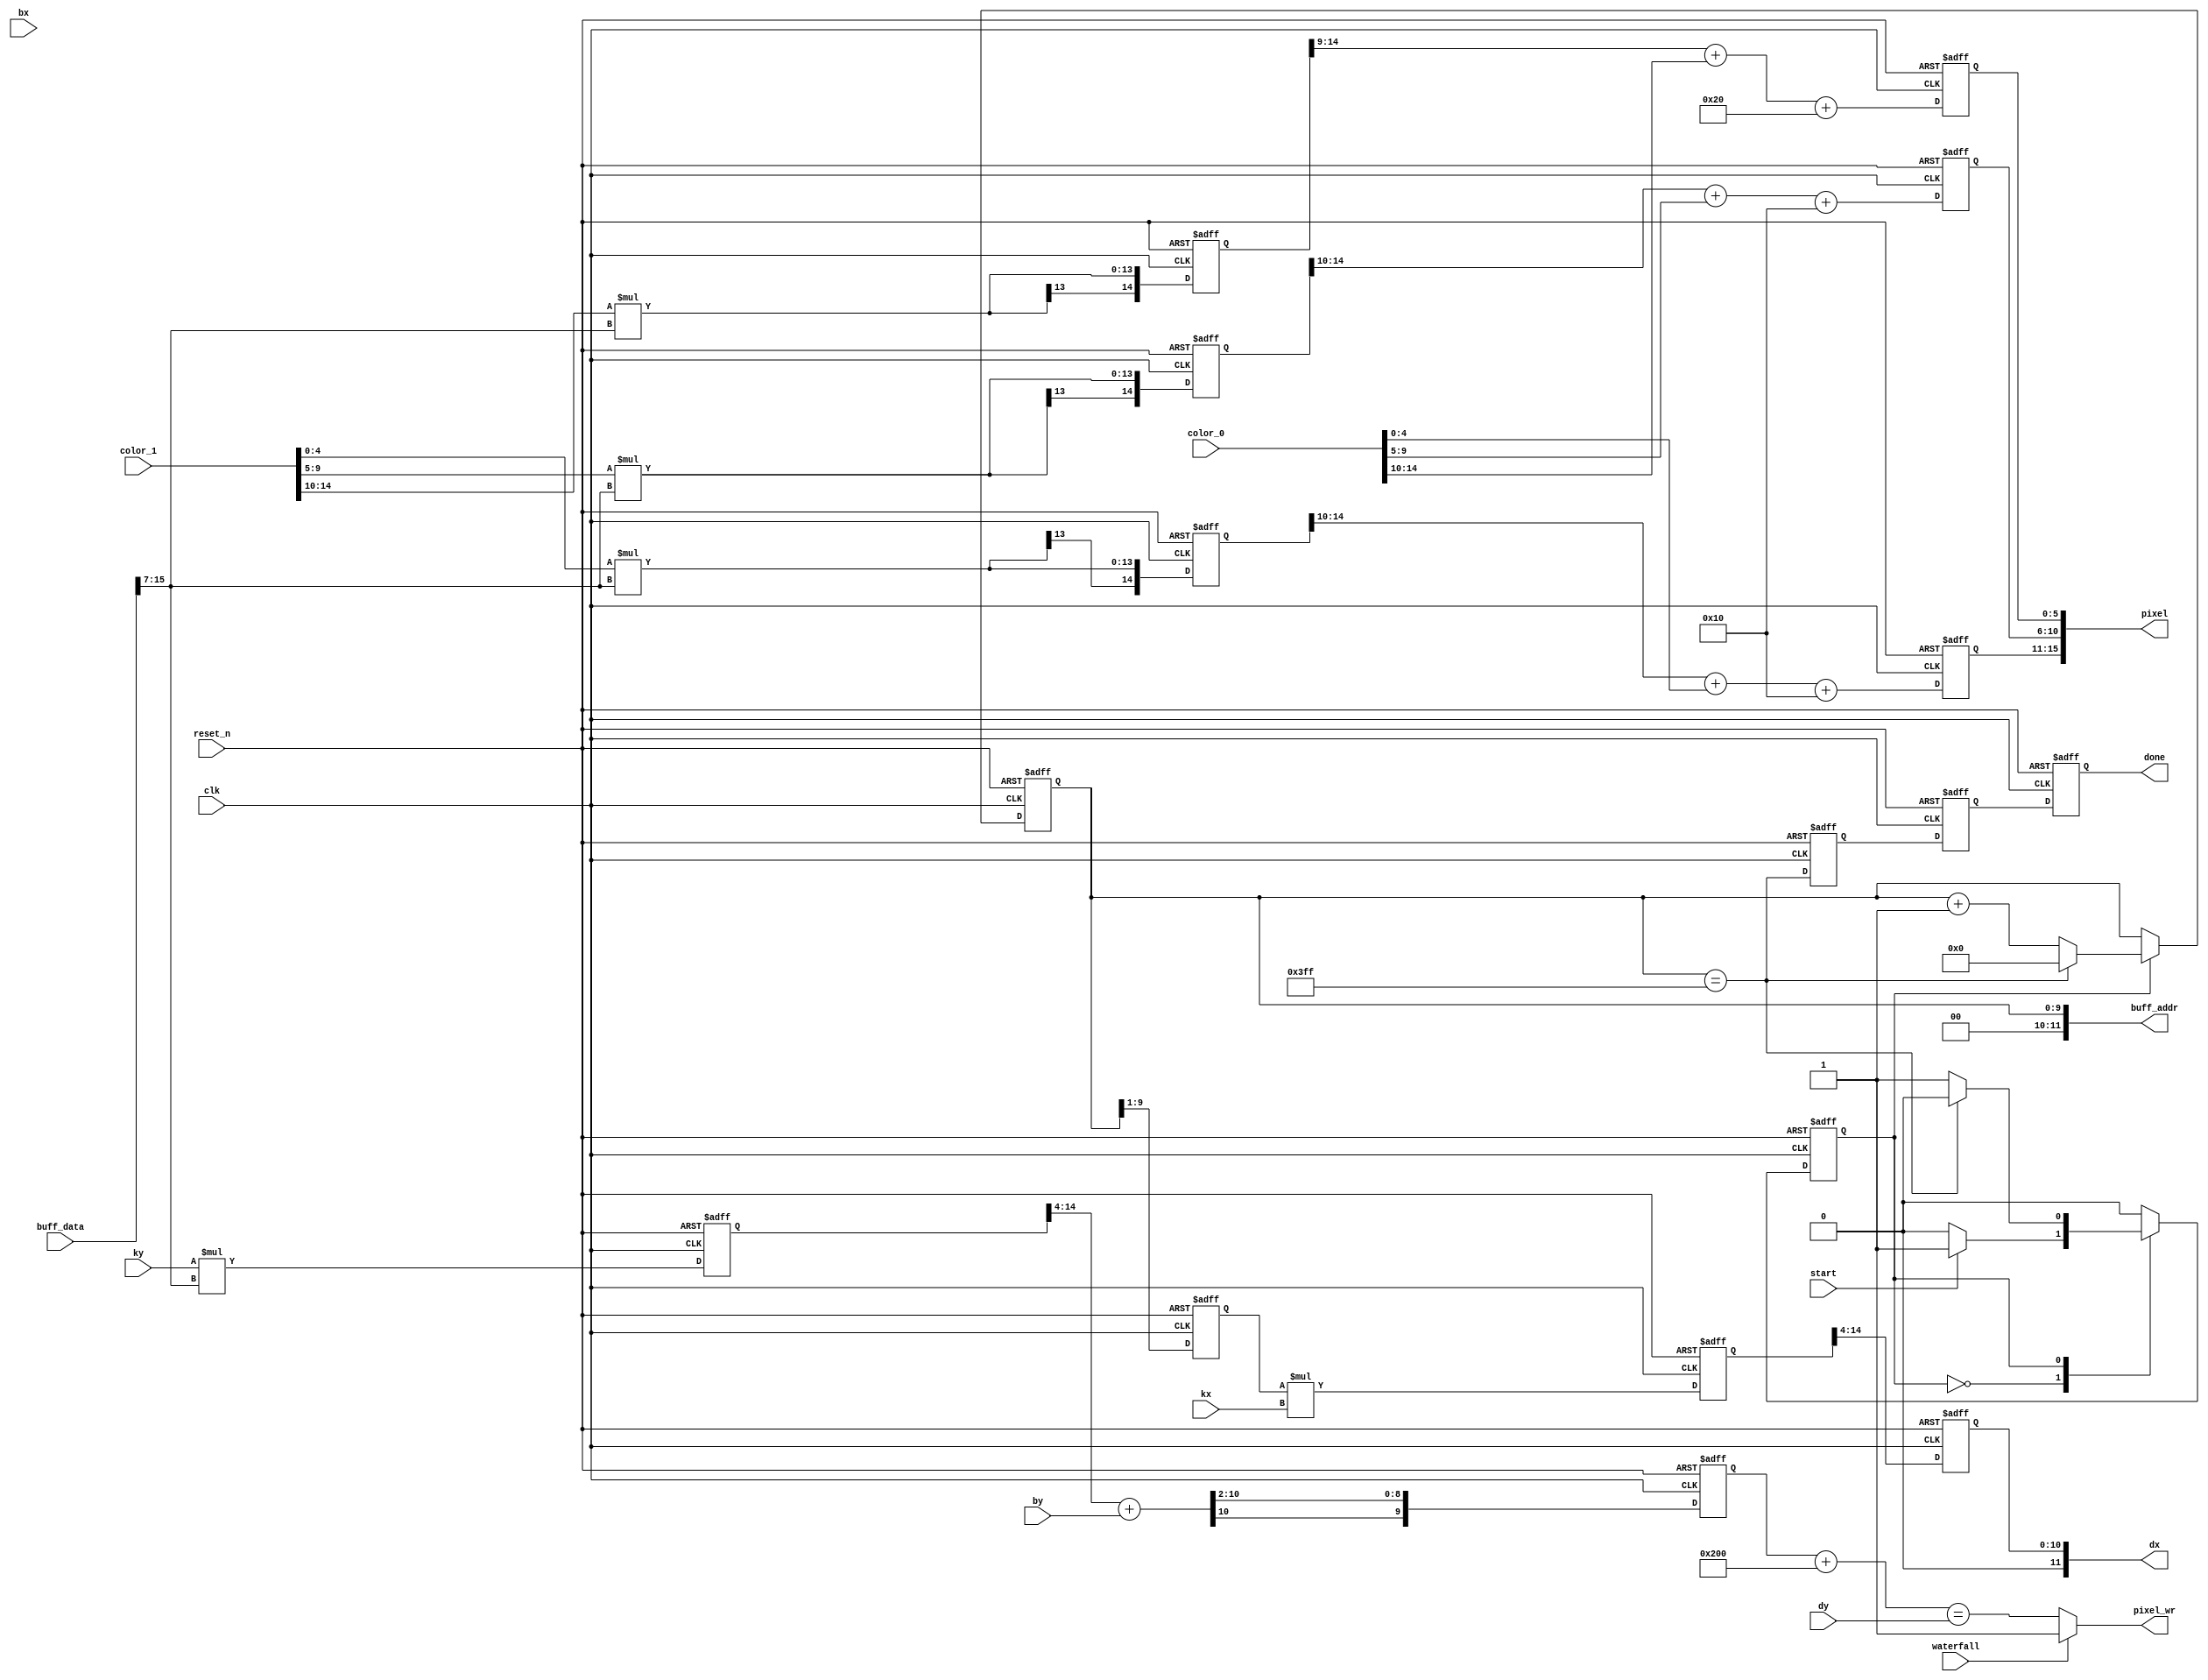
/*
    chart_unit.v
*/
module chart_unit(
    input  wire clk,
    input  wire reset_n,

    // Parameters
    input  wire [11:0] dy,

    input  wire        [5:0]  kx,
    input  wire        [5:0]  bx,
    input  wire signed [5:0]  ky,
    input  wire signed [10:0] by,
    input  wire [15:0] color_0,
    input  wire [15:0] color_1,
    input  wire        waterfall,

    // Pixel output
    output wire [11:0] dx,
    output wire [15:0] pixel,
    output wire        pixel_wr,
    
    // Buffer read
    output wire        [11:0] buff_addr,
    input  wire signed [15:0] buff_data,

    // Control signals
    input  wire        start,
    output reg         done
);

    // Counter and control FSM
    reg  [9:0] x;
    reg        stat;
    reg        done_0, done_1;

    localparam STAT_IDLE = 2'b00;
    localparam STAT_RUN  = 2'b01;

    always @(posedge clk, negedge reset_n) begin
        if(!reset_n) begin
            x      <= 0;
            done_0 <= 1'b0;
            done_1 <= 1'b0;
            done   <= 1'b0;
            stat   <= 0;      
        end
        else begin
            case(stat)
            STAT_IDLE:begin
                if(start)
                    stat <= STAT_RUN;
            end
            STAT_RUN:begin
                if(x == 1023) begin
                    x      <= 0;
                    stat   <= STAT_IDLE;
                end
                else
                    x <= x + 1;
            end
            endcase

            done_0 <= (x == 1023);
            done_1 <= done_0;
            done   <= done_1;
        end
    end

    assign buff_addr = x;

    // x calculation
    reg  [8:0]  x_op;
    reg  [14:0] x_prop;
    reg  [10:0] x_map;

    always @(posedge clk, negedge reset_n) begin
        if(!reset_n) begin
            x_op   <= 9'd0;
            x_prop <= 15'd0;
            x_map  <= 11'd0;
        end
        else begin
            x_op   <= x[9:1];
            x_prop <= x_op * kx;
            x_map  <= x_prop[14:4];
        end
    end

    assign dx = x_map;

    // y calculation
    wire signed [8:0]  y_op = buff_data >>> 7;
    reg  signed [14:0] y_prop;
    wire signed [10:0] y_prop_sh = y_prop >>> 4;
    reg  signed [9:0]  y_map; 
    wire signed [10:0] y_map_u_0 = y_map + (1 << 9);
    wire        [9:0]  y_map_u   = y_map_u_0[9:0];
    
    always @(posedge clk, negedge reset_n) begin
        if(!reset_n) begin
            y_prop <= 14'd0;
            y_map  <= 11'd0;
        end
        else begin
            y_prop <= ky * y_op;
            y_map  <= (y_prop_sh + by) >>> 2;
        end
    end

    assign pixel_wr = waterfall ? 1'b1 : ((y_map_u) == dy);

    // Color
    wire signed [4:0] r0 = color_0[4:0];
    wire signed [4:0] b0 = color_0[10:5];
    wire signed [4:0] g0 = color_0[15:10];
    wire signed [4:0] r1 = color_1[4:0];
    wire signed [4:0] b1 = color_1[9:5];
    wire signed [4:0] g1 = color_1[15:10];

    reg  signed [14:0] r_prop, b_prop;
    reg  signed [14:0] g_prop;
    wire signed [4:0]  r_prop_trim = r_prop[14:10];
    wire signed [4:0]  b_prop_trim = b_prop[14:10];
    wire signed [5:0]  g_prop_trim = g_prop[14:9];
    reg  signed [4:0]  r_map, b_map;
    reg  signed [5:0]  g_map;

    always @(posedge clk, negedge reset_n) begin
        if(!reset_n) begin
            r_prop <= 5'd0;
            b_prop <= 5'd0;
            g_prop <= 6'd0;

            r_map  <= 5'd0;
            b_map  <= 5'd0;
            g_map  <= 6'd0;
        end
        else begin
            r_prop <= r1 * y_op;
            b_prop <= b1 * y_op;
            g_prop <= g1 * y_op;

            r_map  <= (r_prop_trim + r0 + (1 << 4));
            b_map  <= (b_prop_trim + b0 + (1 << 4));
            g_map  <= (g_prop_trim + g0 + (1 << 5));
        end
    end

    assign pixel = {r_map, b_map, g_map};
endmodule